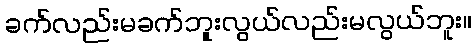
ခက်လည်းမခက်ဘူးလွယ်လည်းမလွယ်ဘူး။